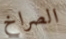
الصراخ